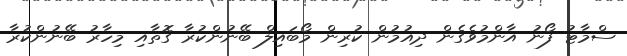
ސްމާޓު ފޯނު އާންމުވެގެން ދިއުމުން ކުރިން މޯބައިލް ބޭނުންކުރާ ގޮތާއި މިހާރު ބޭނުންކުރާ